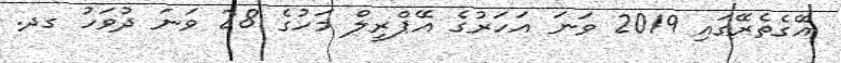
އޭގެތެރޭގައި 2019 ވަނަ އަހަރުގެ އޭޕްރީލް މަހުގެ 28 ވަނަ ދުވަހު ގދ.